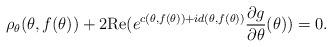
LaTeX: \begin{align*}\rho_{\theta}(\theta, f(\theta)) + 2 {\rm Re}(e^{c(\theta,f(\theta))+ i d(\theta,f(\theta))} \frac{\partial g}{\partial\theta}(\theta)) = 0.\end{align*}